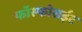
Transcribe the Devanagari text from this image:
फॉस्फोराईट